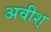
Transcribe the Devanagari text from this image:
अवीश्